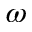
\omega